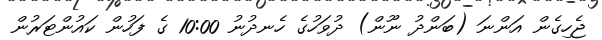
ޖެހިގެން އަންނަ (ބަންދު ނޫން) ދުވަހުގެ ހެނދުނު 10:00 ގެ ފަހުން ކައުންޓަރުން